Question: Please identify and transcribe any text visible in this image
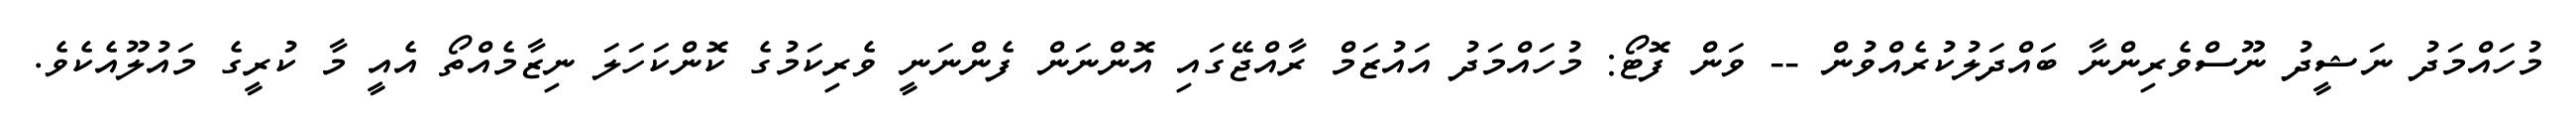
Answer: މުހައްމަދު ނަޝީދު ނޫސްވެރިންނާ ބައްދަލުކުރެއްވުން -- ވަން ފޮޓޯ: މުހައްމަދު އައުޒަމް ރާއްޖޭގައި އޮންނަން ފެންނަނީ ވެރިކަމުގެ ކޮންކަހަލަ ނިޒާމެއްތޯ އެއީ މާ ކުރީގެ މައުލޫއެކެވެ.